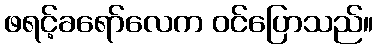
ဖရင့်ခရော်လေက ဝင်ပြောသည်။